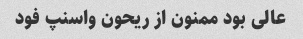
عالی بود ممنون از ریحون واسنپ فود